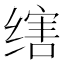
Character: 𬘻